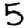
Digit: 5